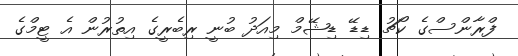
ފްރާންސްގެ ކޯޗު ޑިޑޭ ޑިޝޭމް މިއަދު ބުނީ ރިބެރީގެ އިތުރުން އެ ޓީމްގެ